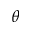
\theta